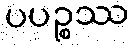
ပပဉ္စဿ